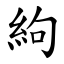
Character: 絇